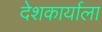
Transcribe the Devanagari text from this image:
देशकार्याला